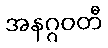
အနဂ္ဂဝတီ